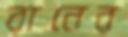
রানের